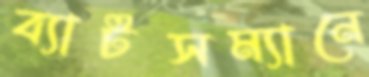
ব্যাটসম্যানে